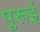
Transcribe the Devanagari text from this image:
पुरूई